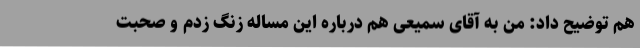
هم توضیح داد:‌ من به آقای سمیعی هم درباره این مساله زنگ زدم و صحبت